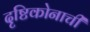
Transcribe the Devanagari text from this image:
दृष्टिकोनाची